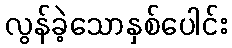
လွန်ခဲ့သောနှစ်ပေါင်း